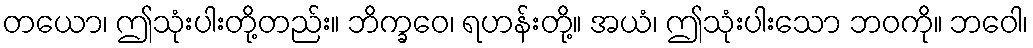
တယော၊ ဤသုံးပါးတို့တည်း။ ဘိက္ခဝေ၊ ရဟန်းတို့။ အယံ၊ ဤသုံးပါးသော ဘဝကို။ ဘဝေါ၊